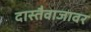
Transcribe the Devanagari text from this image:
दास्तैवाजावर